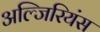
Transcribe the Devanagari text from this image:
अल्जिरियंस